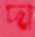
দা